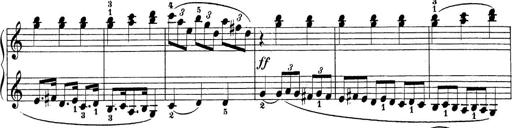
Title: Sonatina Album
Composer: Louis KÃ¶hler